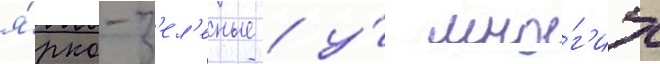
я́рко-з'ел'еные / у́ мно́г'их